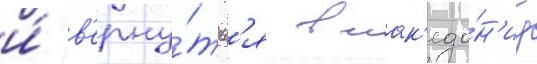
и́ в'ерну́тьс'я в мак'едо́н'иу